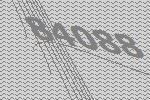
84088